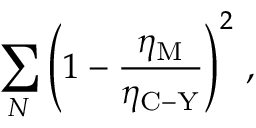
\sum _ { N } \left( 1 - \frac { \eta _ { \mathrm { M } } } { \eta _ { \mathrm { C - Y } } } \right) ^ { 2 } \, ,